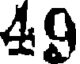
49